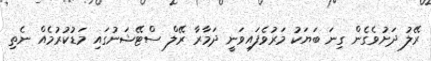
ރޭލު ދަށުވެގެން ގިނަ ބަޔަކު މަރުވެފައިވަނީ ދަމާރާ ރޭލް ސްޓޭޝަނުގައި މަޑުކުރުމެއް ނެތި